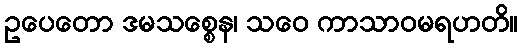
ဥပေတော ဒမသစ္စေန၊ သဝေ ကာသာဝမရဟတိ။